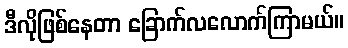
ဒီလိုဖြစ်နေတာ ခြောက်လလောက်ကြာမယ်။